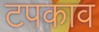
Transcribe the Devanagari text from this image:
टपकाव